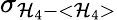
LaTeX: \sigma_{\mathcal{H}_{4}-<\mathcal{H}_{4}>}